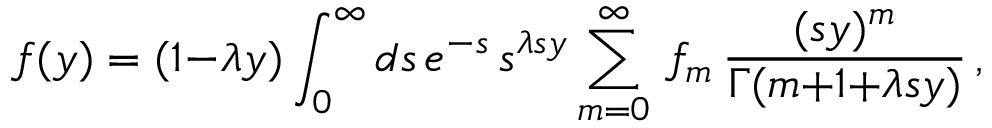
f ( y ) = ( 1 { - } \lambda y ) \int _ { 0 } ^ { \infty } d s \, e ^ { - s } \, s ^ { \lambda s y } \sum _ { m = 0 } ^ { \infty } \, f _ { m } \, { \frac { ( s y ) ^ { m } } { \Gamma ( m { + } 1 { + } \lambda s y ) } } \, ,